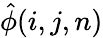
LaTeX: \hat{\phi}(i,j,n)